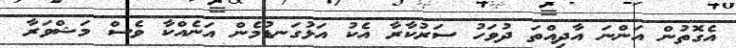
އެގޮތުން އަންނަ އާދިއްތަ ދުވަހު ސަރުކާރާ އެކު އަޅުގަނޑުމެން އަނެއްކާ ވެސް މަޝްވަރާ